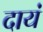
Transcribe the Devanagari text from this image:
दायं